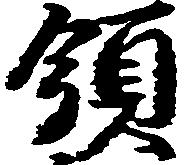
領